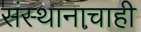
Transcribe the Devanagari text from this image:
संस्थानाचाही